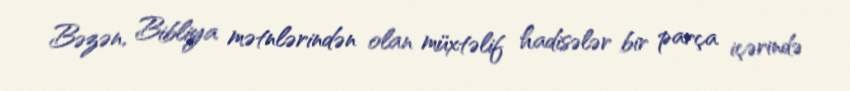
Bəzən, Bibliya mətnlərindən olan müxtəlif hadisələr bir parça içərində